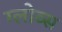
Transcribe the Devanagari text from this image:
ग्लोव्स